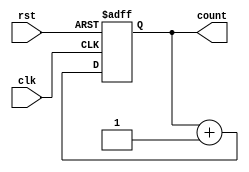
module counter (count, clk, rst);
output [7:0] count;
input clk, rst;

reg [7:0] count;
parameter tpd_clk_to_count   =  1;
parameter tpd_reset_to_count =  1;


function [7:0] increment;
input [7:0] val;
reg [3:0] i;
reg carry;
  begin
    increment = val;
    carry = 1'b1;
    /* 
     * Exit this loop when carry == zero, OR all bits processed 
     */ 
    for (i = 4'b0; ((carry == 4'b1) || (i <= 7));  i = i+ 4'b1)
       begin
         increment[i] = val[i] ^ carry;
         carry = val[i] & carry;
       end
  end       
endfunction

/***************************************************************** 
 * The following always block was changed to make it synthesizable.
always @ (posedge clk or posedge rst)
  if (rst)
     count = #tpd_reset_to_count 8'h00;
  else
     count <= #tpd_clk_to_count increment(count);
******************************************************************/

always @ (posedge clk or posedge rst)
  if (rst)
     count = 8'h00;
  else
     count <= count + 8'h01;
   
endmodule